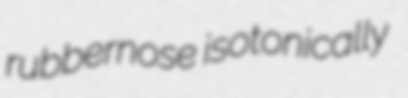
rubbernose isotonically